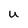
Character: u